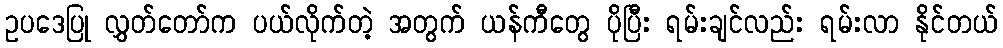
ဥပဒေပြု လွှတ်တော်က ပယ်လိုက်တဲ့ အတွက် ယန်ကီတွေ ပိုပြီး ရမ်းချင်လည်း ရမ်းလာ နိုင်တယ်